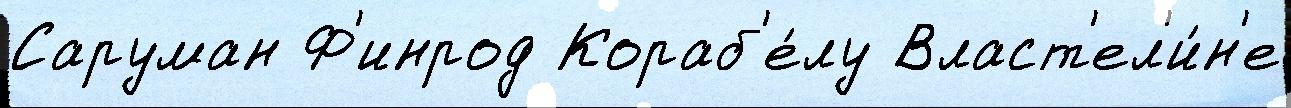
Саруман Ф'инрод Кораб'е́лу Власт'ел'и́н'е